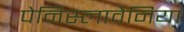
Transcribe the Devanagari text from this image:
पेनिस्लावैनिया